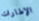
الإطارات